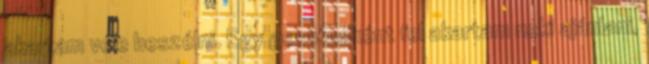
akartam vele beszélni. Egy gesztusként fel akartam neki ajánlani,